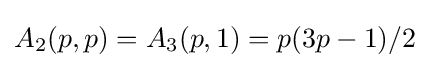
A_{2}(p,p)=A_{3}(p,1)=p(3p-1)/2